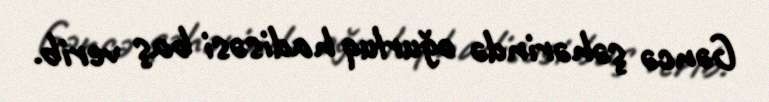
Gəncə şəhərində oğurluq hadisəsi baş verib.